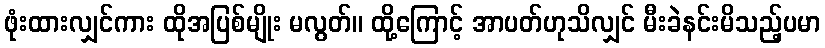
ဖုံးထားလျှင်ကား ထိုအပြစ်မျိုး မလွတ်။ ထို့ကြောင့် အာပတ်ဟုသိလျှင် မီးခဲနင်းမိသည့်ပမာ